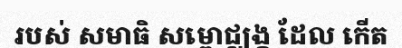
របស់ សមាធិ សម្ពោជ្ឈង្គ ដែល កើត